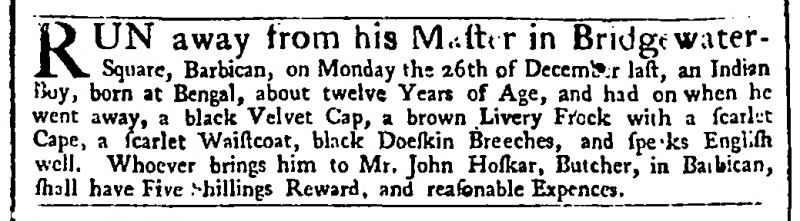
Daily Advertiser, 4 January 1744 (England)
RUN away from his Master in Bridgewater-Square, Barbican, on Monday the 26th of December last, an Indian Boy, born at Bengal, about twelve Years of Age, and had on when he went away, a black Velvet Cap, a brown Livery Frock with a scarlet Cape, a scarlet Waistcoat, black Doeskin Breeches, and speaks English well. Whoever brings him to Mr. John Hoskar, Butcher, in Barbican, shall have Five Shillings Reward, and reasonable Expences.